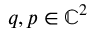
q , p \in \mathbb { C } ^ { 2 }